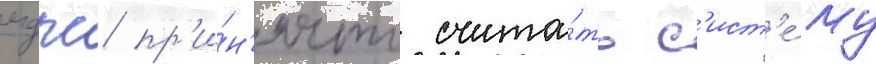
мдпс пр'и́н'ято счита́ть с'ист'е́му